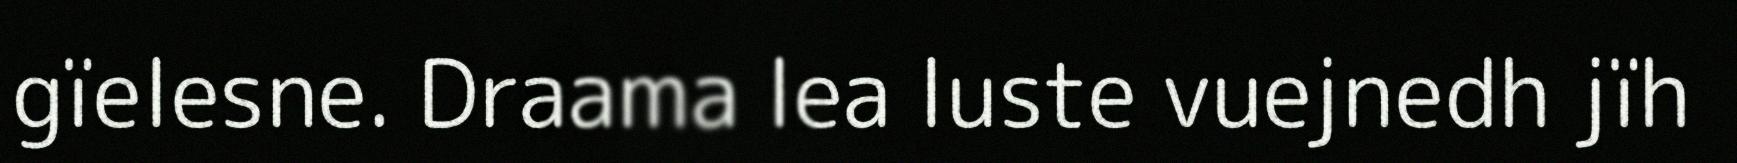
gïelesne. Draama lea luste vuejnedh jïh